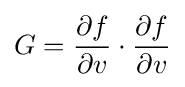
G={\frac {\partial f}{\partial v}}\cdot {\frac {\partial f}{\partial v}}